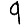
Digit: 9